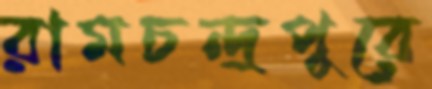
রামচন্দ্রপুরে